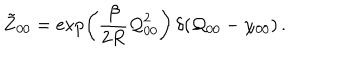
LaTeX: \tilde { Z } _ { 0 0 } = \exp \left( \frac { \beta } { 2 R } { \cal Q } _ { 0 0 } ^ { 2 } \right) \, \delta ( { \cal Q } _ { 0 0 } - \chi _ { 0 0 } ) \, .